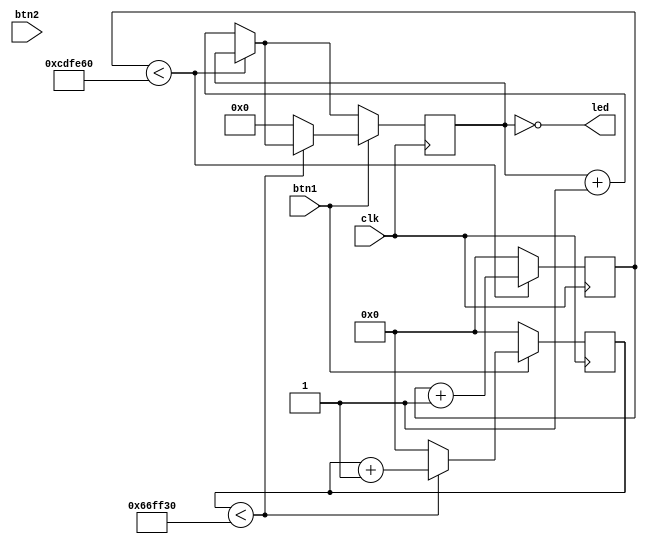
module top (
    input clk,
    input btn1,
    input btn2,
    output [5:0]led
);


parameter CLOCK_COUNTER = 13500000;
parameter BTN_COUNTER = 6750000;

reg [31:0] counter = 'd0;
reg [5:0] led_counter = 'd0;
reg [31:0] btn_counter = 'd0;
reg [31:0] btn_counter2 = 'd0;

always @(posedge clk ) begin
    if(counter < CLOCK_COUNTER) begin
        counter <= counter + 1;
    end
    else begin
        counter <= 0;
        led_counter <= led_counter + 1;
    end

    if(btn1) begin
        if(btn_counter < BTN_COUNTER) begin
            btn_counter <= btn_counter + 1;
        end
        else begin
            btn_counter <= 0;
            led_counter <= 0;
        end
    end
    else begin
        btn_counter <= 0;
    end
end

assign led = ~led_counter;

endmodule